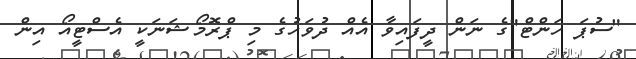
"ސުޕަ ހަންޓް"ގެ ނަން ދީފައިވާ އެއް ދުވަހުގެ މި ޕްރޮމޯޝަނަކީ އެސްޓީއޯ އިން